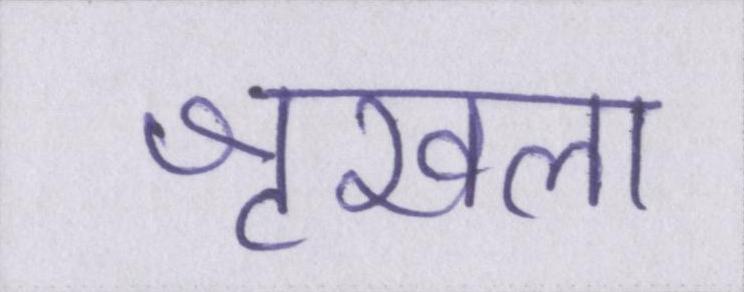
शृखला